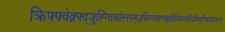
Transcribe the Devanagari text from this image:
क्रिफ्फ्वेक्न्फ्द्जुह्ग्विओल्स्ग्र्म्३फ्ज्निफ्ह्ग्फ्ह्सित्मिज्धेसिउथ्मिदुग्भ्फिउघिउफ्व्न्य्